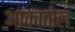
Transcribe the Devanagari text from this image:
आक्वारेल